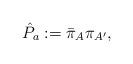
LaTeX: \begin{align*}{\hat P}_{a}:={\bar \pi}_{A}{\pi}_{A^\prime},\end{align*}